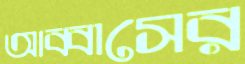
আব্বাসের